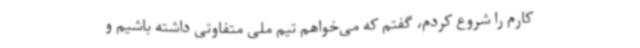
کارم را شروع کردم، گفتم که می‌خواهم تیم ملی متفاوتی داشته باشیم و